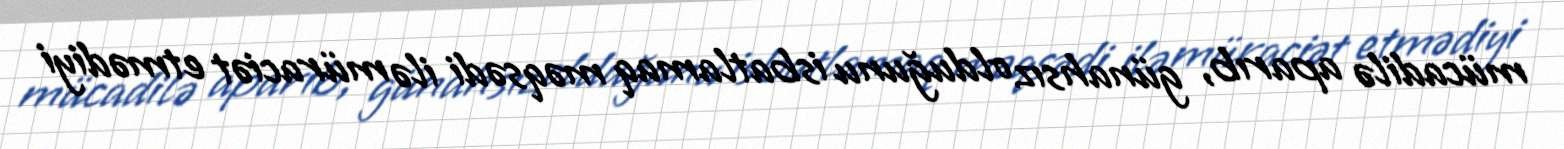
mücadilə aparıb, günahsız olduğunu isbatlamaq məqsədi ilə müraciət etmədiyi